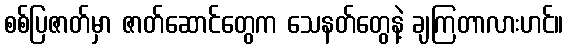
စစ်ပြဇာတ်မှာ ဇာတ်ဆောင်တွေက သေနတ်တွေနဲ့ ချကြတာလားဟင်။